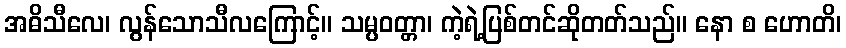
အဓိသီလေ၊ လွန်သောသီလကြောင့်။ သမ္ပဝတ္တာ၊ ကဲ့ရဲ့ပြစ်တင်ဆိုတတ်သည်။ နော စ ဟောတိ၊